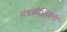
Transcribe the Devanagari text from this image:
मंडळीभोवती